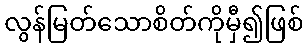
လွန်မြတ်သောစိတ်ကိုမှီ၍ဖြစ်